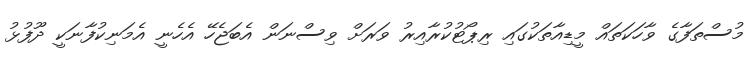
މުސްތަފާގެ ވާހަކަތައް މީޑިއާތަކުގައި ރިޕޯޓުކުރާއިރު ވަރަށް ވިސްނަން އެބަޖެހޭ އެހެނީ އެމަނިކުފާނަކީ ދޫފުޅު